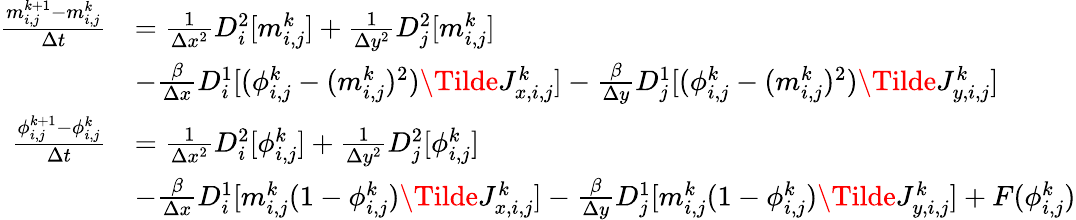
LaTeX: \begin{array}{rl}{\frac{m_{i,j}^{k+1}-m_{i,j}^{k}}{\Delta t}}&{=\frac{1}{\Delta x^{2}}D_{i}^{2}[m_{i,j}^{k}]+\frac{1}{\Delta y^{2}}D_{j}^{2}[m_{i,j}^{k}]}\\ &{-\frac{\beta}{\Delta x}D_{i}^{1}[(\phi_{i,j}^{k}-(m_{i,j}^{k})^{2})\Tilde{J}_{x,i,j}^{k}]-\frac{\beta}{\Delta y}D_{j}^{1}[(\phi_{i,j}^{k}-(m_{i,j}^{k})^{2})\Tilde{J}_{y,i,j}^{k}]}\\ {\frac{\phi_{i,j}^{k+1}-\phi_{i,j}^{k}}{\Delta t}}&{=\frac{1}{\Delta x^{2}}D_{i}^{2}[\phi_{i,j}^{k}]+\frac{1}{\Delta y^{2}}D_{j}^{2}[\phi_{i,j}^{k}]}\\ &{-\frac{\beta}{\Delta x}D_{i}^{1}[m_{i,j}^{k}(1-\phi_{i,j}^{k})\Tilde{J}_{x,i,j}^{k}]-\frac{\beta}{\Delta y}D_{j}^{1}[m_{i,j}^{k}(1-\phi_{i,j}^{k})\Tilde{J}_{y,i,j}^{k}]+F(\phi_{i,j}^{k})}\end{array}